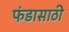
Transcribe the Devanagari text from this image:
फंडासाठी